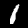
Label: 1